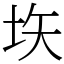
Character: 垁